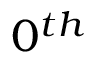
0 ^ { t h }